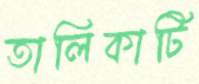
তালিকাটি